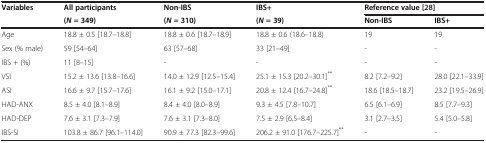
| <ROWSPAN=2> Variables | All participants | Non-IBS | IBS+ | <COLSPAN=2> Reference value [[28]] |
 | (N = 349) | (N = 310) | (N = 39) | Non-IBS | IBS+ |
 | --- | --- | --- | --- | --- | --- |
 | Age | 18.8 ± 0.5 [18.7–18.8] | 18.8 ± 0.6 [18.7–18.9] | 18.8 ± 0.6 (18.6–18.8) | 19 | 19 |
 | Sex (% male) | 59 [54–64] | 63 [57–68] | 33 [21–49] | - | - |
 | IBS + (%) | 11 [8–15] | - | - | - | - |
 | VSI | 15.2 ± 13.6 [13.8–16.6] | 14.0 ± 12.9 [12.5–15.4] | 25.1 ± 15.3 [20.2–30.1]** | 8.2 [7.2–9.2] | 28.0 [22.1–33.9] |
 | ASI | 16.6 ± 9.7 [15.7–17.6] | 16.1 ± 9.2 [15.0–17.1] | 20.8 ± 12.4 [16.7–24.8]** | 18.6 [18.5–18.7] | 23.2 [19.5–26.9] |
 | HAD-ANX | 8.5 ± 4.0 [8.1–8.9] | 8.4 ± 4.0 [8.0–8.9] | 9.3 ± 4.5 [7.8–10.7] | 6.5 [6.1–6.9] | 8.5 [7.7–9.3] |
 | HAD-DEP | 7.6 ± 3.1 [7.3–7.9] | 7.6 ± 3.1 [7.3–8.0] | 7.5 ± 2.9 [6.5–8.4] | 3.1 [2.7–3.5] | 5.4 [5.0–5.8] |
 | IBS-SI | 103.8 ± 86.7 [96.1–114.0] | 90.9 ± 77.3 [82.3–99.6] | 206.2 ± 91.0 [176.7–225.7]** | - | - |